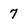
Character: 7